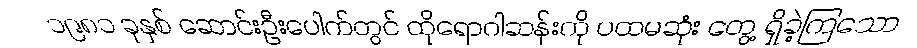
၁၉၈၁ ခုနှစ် ဆောင်းဦးပေါက်တွင် ထိုရောဂါဆန်းကို ပထမဆုံး တွေ့ ရှိခဲ့ကြသော